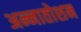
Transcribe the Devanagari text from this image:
अन्नातोशन